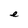
Character: e